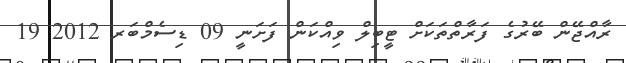
ރާއްޖޭން ބޭރުގެ ފަރާތްތަކަށް ޓީބިލް ވިއްކަން ފަށަނީ 09 ޑިސެމްބަރ 2012 19